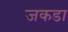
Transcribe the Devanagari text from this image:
जकडा